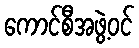
ကောင်စီအဖွဲ့ဝင်